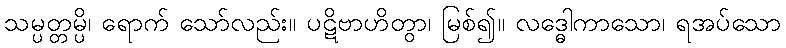
သမ္ပတ္တမ္ပိ၊ ရောက် သော်လည်း။ ပဋိဗာဟိတွာ၊ မြစ်၍။ လဒ္ဓေါကာသော၊ ရအပ်သော